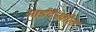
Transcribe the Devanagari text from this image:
आईदेखील